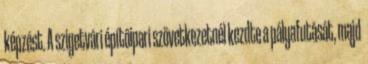
képzést. A szigetvári építôipari szövetkezetnél kezdte a pályafutását, majd